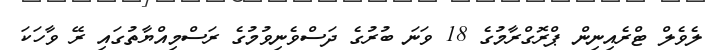
ލެވެލް ޓްރެއިނިން ޕްރޮގްރާމުގެ 18 ވަނަ ބުރުގެ ދަސްވެނިވުމުގެ ރަސްމިއްޔާތުގައި ރޭ ވާހަކަ